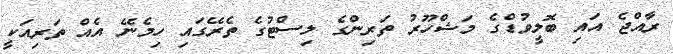
ރާއްޖެ އައި ބޮލީވުޑްގެ މަޝްހޫރު ތަރިންގެ ލިސްޓުގެ ތެރޭގައި ހިމެނޭ އެއް ތަރިއަކީ